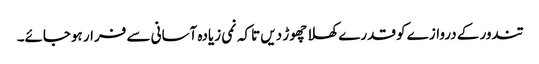
تندور کے دروازے کو قدرے کھلا چھوڑ دیں تاکہ نمی زیادہ آسانی سے فرار ہوجائے۔